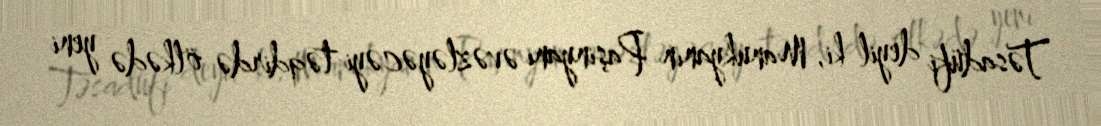
Təsadüfi deyil ki, Manukyanın Paşinyanı əvəzləyəcəyi təqdirdə ölkədə yeni